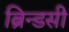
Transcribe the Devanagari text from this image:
ब्रिन्डसी